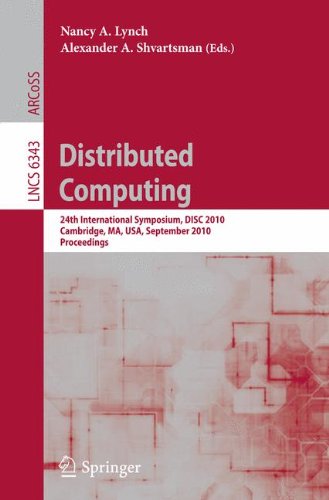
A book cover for Distributed Computing: 24th International Symposium, DISC 2010, Cambridge, MA, USA, September 13-15, 2010, Proceedings (Lecture Notes in Computer ... Computer Science and General Issues); Computers & Technology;